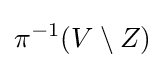
\pi ^{-1}(V\setminus Z)